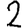
Digit: 2